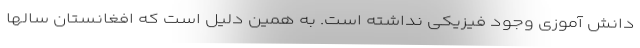
دانش آموزی وجود فیزیکی نداشته است. به همین دلیل است که افغانستان سالها